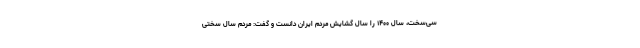
سی‌سخت، سال ۱۴۰۰ را سال گشایش مردم ایران دانست و گفت: مردم سال سختی